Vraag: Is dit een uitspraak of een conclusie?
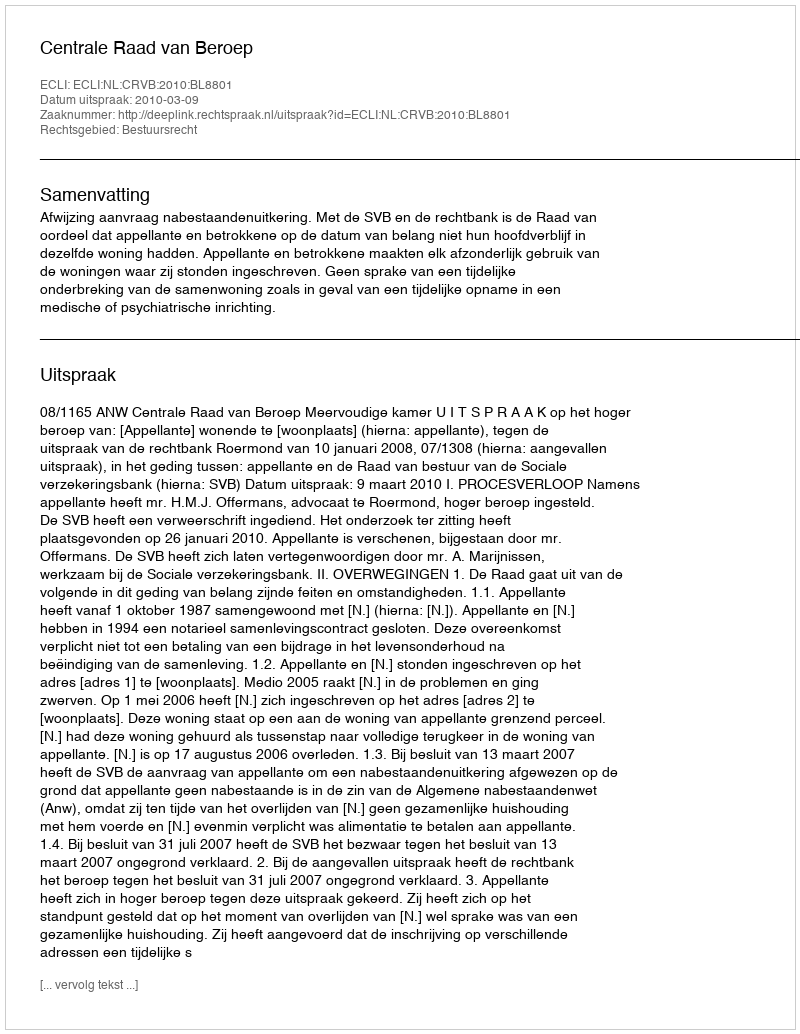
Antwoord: Uitspraak